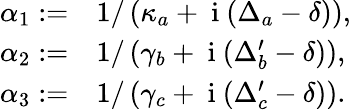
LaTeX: \begin{array}{rl}{\alpha_{1}:=}&{{}1/\left(\kappa_{a}+\mathrm{~i~}(\Delta_{a}-\delta)\right),}\\ {\alpha_{2}:=}&{{}1/\left(\gamma_{b}+\mathrm{~i~}(\Delta_{b}^{\prime}-\delta)\right),}\\ {\alpha_{3}:=}&{{}1/\left(\gamma_{c}+\mathrm{~i~}(\Delta_{c}^{\prime}-\delta)\right).}\end{array}